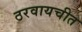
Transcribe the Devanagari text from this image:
ठरवायचीत